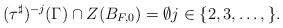
LaTeX: \begin{align*} (\tau^{\sharp})^{-j}(\Gamma) \cap Z(B_{F,0}) = \emptyset j \in \{2, 3, \dots, \}.\end{align*}